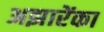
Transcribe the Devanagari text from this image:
अझारेंका